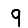
Digit: 9